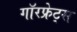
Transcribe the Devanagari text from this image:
गॉरफ्रेट्स